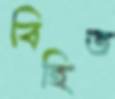
বিহিত